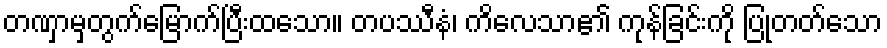
တဏှာမှတွက်မြောက်ပြီးထသော။ တပဿီနံ၊ ကိလေသာ၏ ကုန်ခြင်းကို ပြုတတ်သော